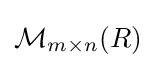
{\mathcal {M}}_{m\times n}(R)